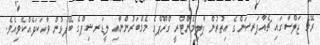
ރޭގެ ޖަލްސާގައި ޗެއާޕަރސަންގެ އިތުރުން ޕާލިމެންޓްރީ ގްރޫޕްގެ މެމްބަރުންނާއި ލީޑަރޝިޕްގެ ބޭފުޅުން ވާހަކަދެއްކެވިއެވެ.